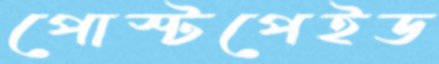
পোস্টপেইড